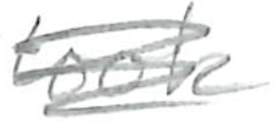
Text: took
Cross-out: scratch
Writing tool: pencil